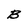
Character: B